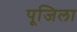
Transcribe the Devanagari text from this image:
पूजिला